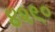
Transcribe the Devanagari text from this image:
४२९०